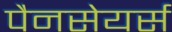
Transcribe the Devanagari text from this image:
पैनसेयर्स